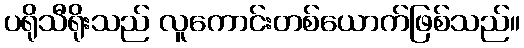
ပရိုသီရိုးသည် လူကောင်းတစ်ယောက်ဖြစ်သည်။